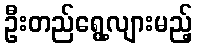
ဦးတည်ရွေ့လျားမည့်